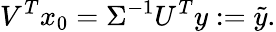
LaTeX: V^{T}x_{0}=\Sigma^{-1}U^{T}y:=\tilde{y}.